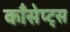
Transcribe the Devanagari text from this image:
कॉंसेप्ट्स